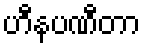
ဟီနပဏီတာ